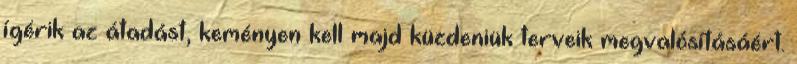
ígérik az átadást, keményen kell majd küzdeniük terveik megvalósításáért.